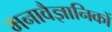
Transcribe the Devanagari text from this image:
मनावैज्ञानिकों